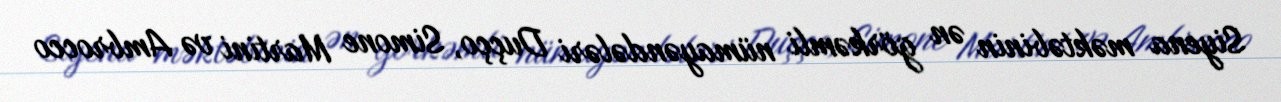
Siyena məktəbinin ən görkəmli nümayəndələri Duçço, Simone Martini və Ambrocco